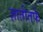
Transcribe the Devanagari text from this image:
ज्ञातीतर्फे